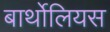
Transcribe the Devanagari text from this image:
बार्थोलियस